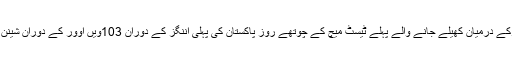
تفصیلات کے مطابق پاکستان ا ور ویسٹ انڈیزکے درمیان کھیلے جانے والے پہلے ٹیسٹ میچ کے چوتھے روز پاکستان کی پہلی اننگز کے دوران 103ویں اوور کے دوران شینن گیبریئل نے امپائررچرڈ النگورتھ سے اپنی ...